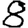
Digit: 8